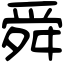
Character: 舜